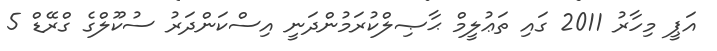
އަޕީ މިހާރު 2011 ގައި ތަޢުލީމް ޙާޞިލްކުރަމުންދަނީ އިސްކަންދަރު ސުކޫލްގެ ގްރޭޑް 5